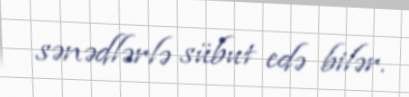
sənədlərlə sübut edə bilər.